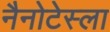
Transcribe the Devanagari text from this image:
नैनोटेस्ला